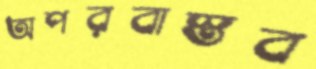
অপরবাস্তব